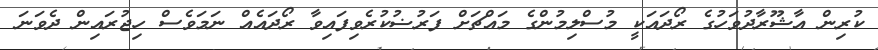
ކުރިން އާޝޫރާދުވަހުގެ ރޯދައަކީ މުސްލިމުންގެ މައްޗަށް ފަރުޟުކުރެވިފައިވާ ރޯދައެއް ނަމަވެސް ހިޖުރައިން ދެވަނަ